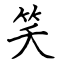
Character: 笑